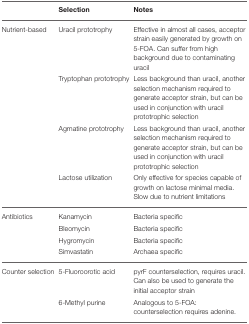
<table><thead><tr><td></td><td><b>Selection</b></td><td><b>Notes</b></td></tr></thead><tbody><tr><td>Nutrient-based</td><td>Uracil prototrophy</td><td>Effective in almost all cases, acceptor strain easily generated by growth on 5-FOA. Can suffer from high background due to contaminating uracil</td></tr><tr><td></td><td>Tryptophan prototrophy</td><td>Less background than uracil, another selection mechanism required to generate acceptor strain, but can be used in conjunction with uracil prototrophic selection</td></tr><tr><td></td><td>Agmatine prototrophy</td><td>Less background than uracil, another selection mechanism required to generate acceptor strain, but can be used in conjunction with uracil prototrophic selection</td></tr><tr><td></td><td>Lactose utilization</td><td>Only effective for species capable of growth on lactose minimal media. Slow due to nutrient limitations</td></tr><tr><td>Antibiotics</td><td>Kanamycin</td><td>Bacteria specific</td></tr><tr><td></td><td>Bleomycin</td><td>Bacteria specific</td></tr><tr><td></td><td>Hygromycin</td><td>Bacteria specific</td></tr><tr><td></td><td>Simvastatin</td><td>Archaea specific</td></tr><tr><td>Counter selection</td><td>5-Fluoroorotic acid</td><td>pyrF counterselection, requires uracil. Can also be used to generate the initial acceptor strain</td></tr><tr><td></td><td>6-Methyl purine</td><td>Analogous to 5-FOA: counterselection requires adenine.</td></tr></tbody></table>